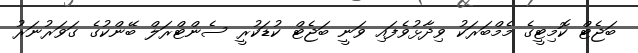
ބަޖެޓް ކޮމިޓީގެ މެމްބަރަކު ވިދާޅުވެފައި ވަނީ ބަޖެޓް ކުޑަކުރީ ސެންޓްރަލް ބޭންކުގެ ގަވަރުނަރު